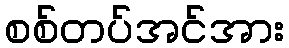
စစ်တပ်အင်အား